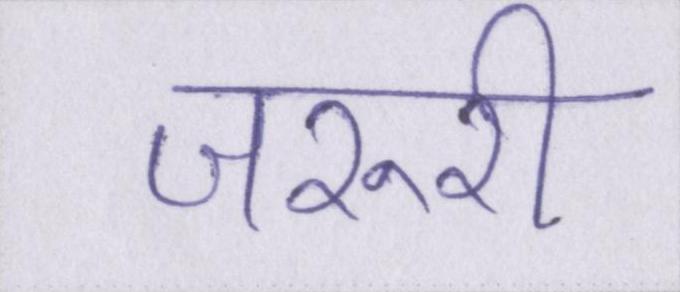
जरुरी